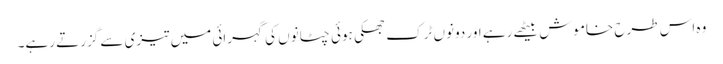
وہ اس طرح خاموش بیٹھے رہے اور دونوں ٹرک جھکی ہوئی چٹانوں کی گہرائی میں تیزی سے گزرتے رہے۔